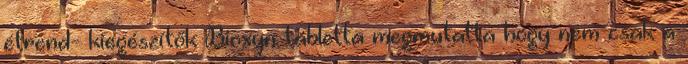
étrend- kiegészítők Bioxyn tabletta megmutatta hogy nem csak a